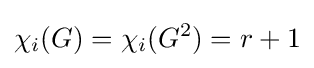
\chi _{i}(G)=\chi _{i}(G^{2})=r+1